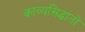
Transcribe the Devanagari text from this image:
काव्यसिद्धांतों